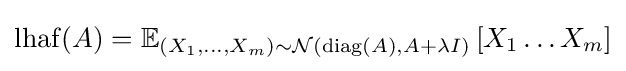
\operatorname {lhaf} (A)=\mathbb {E} _{\left(X_{1},\dots ,X_{m}\right)\sim {\mathcal {N}}\left(\operatorname {diag} \left(A\right),A+\lambda I\right)}\left[X_{1}\dots X_{m}\right]